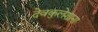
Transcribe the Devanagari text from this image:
देवकुलेशानां